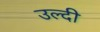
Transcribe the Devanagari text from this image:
उल्दी